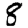
Digit: 8